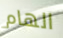
الهام